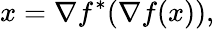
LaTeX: x=\nabla f^{*}(\nabla f(x)),